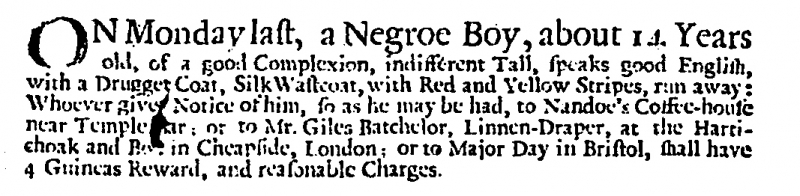
Post Boy (1695), 24 March 1711 (England)
ON Monday last, a Negroe Boy, about 14 Years old, of a good Complexion, indifferent Tall, speaks good English, with a Drugget Coat, Silk Wastcoat, with Red and Yellow Stripes, ran away: Whoever gives Notice of him, so as he may be had, to Nandoe's Coffee-house near Temple [B]ar; or to Mr. Giles Batchelor, Linnen-Draper, at the Hartichoak and B[], in Cheapside, London; or to Major Day in Bristol, shall have 4 Guineas Reward, and reasonable Charges.